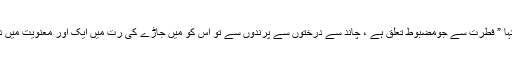
انھوں نے کہا ” فطرت سے جومضبوط تعلق ہے ، چاند سے درختوں سے پرندوں سے تو اس کو میں جاڑے کی رُت میں ایک اور معنویت میں دیکھتا ہوں“۔